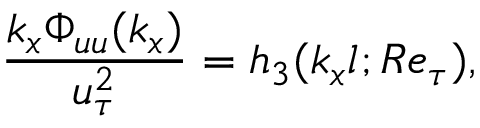
\frac { k _ { x } \Phi _ { u u } ( k _ { x } ) } { u _ { \tau } ^ { 2 } } = h _ { 3 } ( k _ { x } l ; R e _ { \tau } ) ,